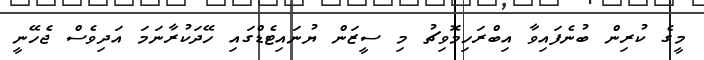
މީގެ ކުރިން ބުނެފައިވާ އިބްރަހިމޮވިޗު މި ސީޒަން ޔުނައިޓެޑްގައި ހޭދަކުރާނަމަ އަދިވެސް ޖެހޭނީ